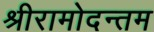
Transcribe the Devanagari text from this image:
श्रीरामोदन्तम